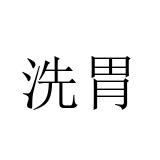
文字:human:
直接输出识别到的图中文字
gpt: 洗胃